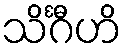
သိင်္ဂီဟိ